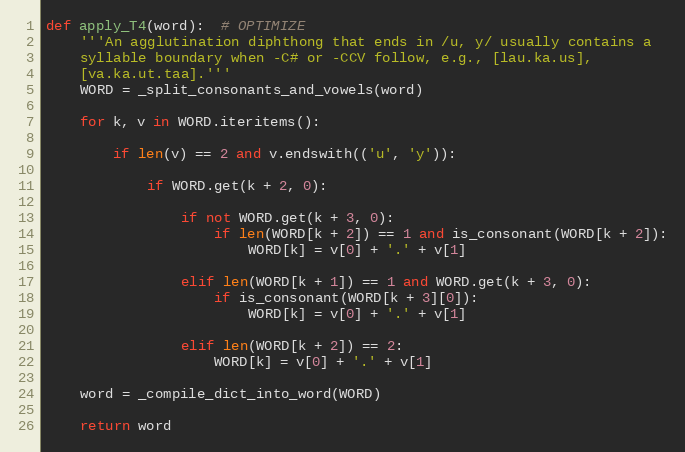
Language: Python
def apply_T4(word):  # OPTIMIZE
    '''An agglutination diphthong that ends in /u, y/ usually contains a
    syllable boundary when -C# or -CCV follow, e.g., [lau.ka.us],
    [va.ka.ut.taa].'''
    WORD = _split_consonants_and_vowels(word)

    for k, v in WORD.iteritems():

        if len(v) == 2 and v.endswith(('u', 'y')):

            if WORD.get(k + 2, 0):

                if not WORD.get(k + 3, 0):
                    if len(WORD[k + 2]) == 1 and is_consonant(WORD[k + 2]):
                        WORD[k] = v[0] + '.' + v[1]

                elif len(WORD[k + 1]) == 1 and WORD.get(k + 3, 0):
                    if is_consonant(WORD[k + 3][0]):
                        WORD[k] = v[0] + '.' + v[1]

                elif len(WORD[k + 2]) == 2:
                    WORD[k] = v[0] + '.' + v[1]

    word = _compile_dict_into_word(WORD)

    return word